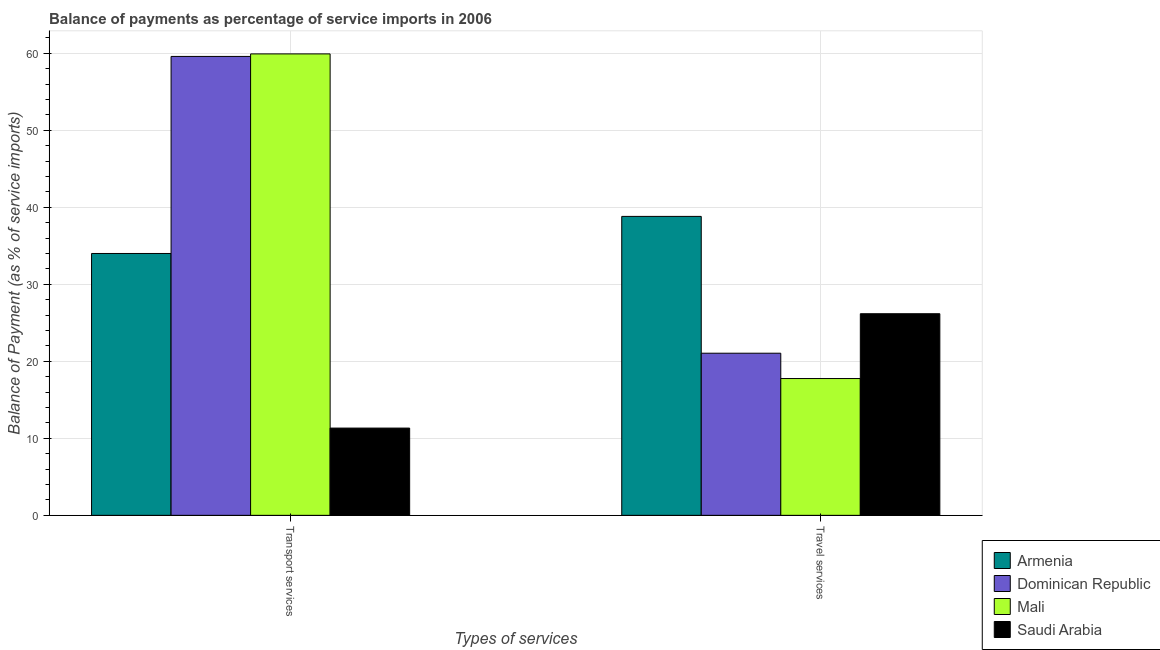
| Types of services | Armenia | Dominican Republic | Mali | Saudi Arabia |
 | --- | --- | --- | --- | --- |
 | Transport services | 34 | 59.6 | 59.9 | 11.3 |
 | Travel services | 38.8 | 21 | 17.8 | 26.2 |